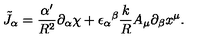
\tilde { J } _ { \alpha } = \frac { \alpha ^ { \prime } } { R ^ { 2 } } \partial _ { \alpha } \chi + { \epsilon _ { \alpha } } ^ { \beta } \frac { k } { R } A _ { \mu } \partial _ { \beta } x ^ { \mu } .